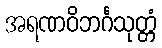
အရဏဝိဘင်္ဂသုတ္တံ